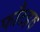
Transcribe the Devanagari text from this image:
फाँटहरु